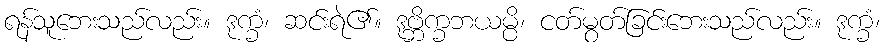
ရန်သူဘေးသည်လည်း။ ဒုက္ခံ၊ ဆင်းရဲ၏။ ဒုဗ္ဘိက္ခဘယမ္ပိ၊ ငတ်မွတ်ခြင်းဘေးသည်လည်း။ ဒုက္ခံ၊